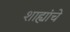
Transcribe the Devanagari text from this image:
शाह्यांचे